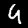
Label: 4